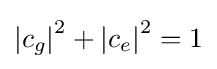
\left|c_{g}\right|^{2}+\left|c_{e}\right|^{2}=1